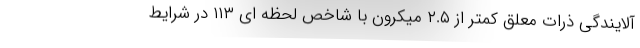
آلایندگی ذرات معلق کمتر از ۲.۵ میکرون با شاخص لحظه ای ۱۱۳ در شرایط